Development of the parasite of Indian kala azar - Number 53
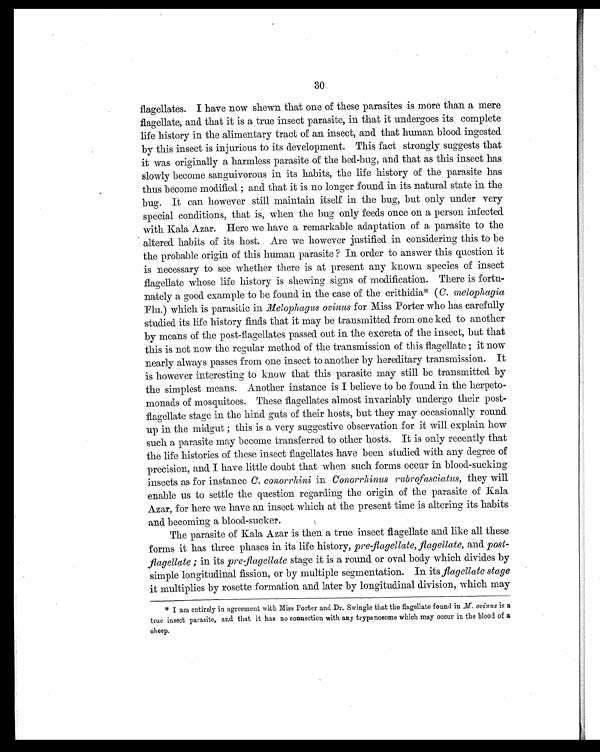
30
flagellates. I have now shewn that one of these parasites is more than a mere
flagellate, and that it is a true insect parasite, in that it undergoes its complete
life history in the alimentary tract of an insect, and that human blood ingested
by this insect is injurious to its development. This fact strongly suggests that
it was originally a harmless parasite of the bed-bug, and that as this insect has
slowly become sanguivorous in its habits, the life history of the parasite has
thus become modified ; and that it is no longer found in its natural state in the
bug. It can however still maintain itself in the bug, but only under very
special conditions, that is, when the bug only feeds once on a person infected
with Kala Azar. Here we have a remarkable adaptation of a parasite to the
altered habits of its host. Are we however justified in considering this to be
the probable origin of this human parasite ? In order to answer this question it
is necessary to see whether there is at present any known species of insect
flagellate whose life history is showing signs of modification. There is fortu-
nately a good example to be found in the case of the crithidia* ( C. melophagia
Flu.) which is parasitic in Melophagus ovinus for Miss Porter who has carefully
studied its life history finds that it may be transmitted from one ked to another
by means of the post-flagellates passed out in the excreta of the insect, but that
this is not now the regular method of the transmission of this flagellate ; it now
nearly always passes from one insect to another by hereditary transmission. It
is however interesting to know that this parasite may still be transmitted by
the simplest means. Another instance is I believe to be found in the herpeto-
monads of mosquitoes. These flagellates almost invariably undergo their post-
flagellate stage in the hind guts of their hosts, but they may occasionally round
up in the midgut ; this is a very suggestive observation for it will explain how
such a parasite may become transferred to other hosts. It is only recently that
the life histories of these insect flagellates have been studied with any degree of
precision, and I have little doubt that when such forms occur in blood-sucking
insects as for instance C. conorrhini in Conorrhinus rubrofasciatus, they will
enable us to settle the question regarding the origin of the parasite of Kala
Azar, for here we have an insect which at the present time is altering its habits
and becoming a blood-sucker.
The parasite of Kala Azar is then a true insect flagellate and like all these
forms it has three phases in its life history, pre-flagellate, flagellate, and. post-
flagellate ; in its pre flagellate stage it is a round or oval body which divides by
simple longitudinal fission, or by multiple segmentation. In its flagellate stage
it multiplies by rosette formation and later by longitudinal division, which may
* I am entirely in agreement with Miss Porter and Dr. Swingle that the flagellate found in M. ovinus is a
true insect parasite, and that it has no connection with any trypanosome which may occur in the blood of a
sheep.